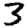
Digit: 3